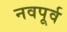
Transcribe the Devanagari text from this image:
नवपूर्व